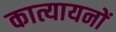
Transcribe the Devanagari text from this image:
कात्यायनों